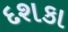
દશકા